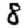
Digit: 8